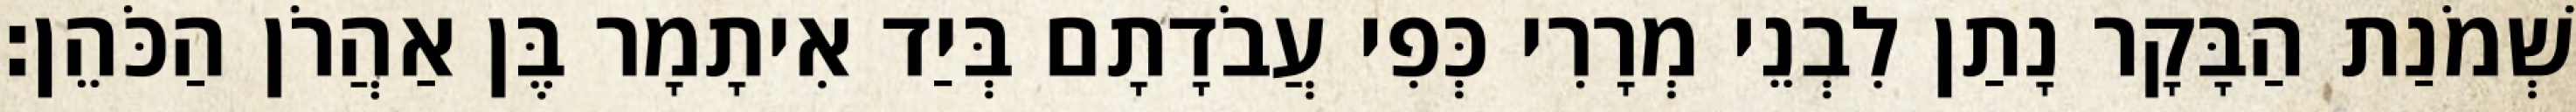
שְׁמֹנַת הַבָּקָר נָתַן לִבְנֵי מְרָרִי כְּפִי עֲבֹדָתָם בְּיַד אִיתָמָר בֶּן אַהֲרֹן הַכֹּהֵן׃